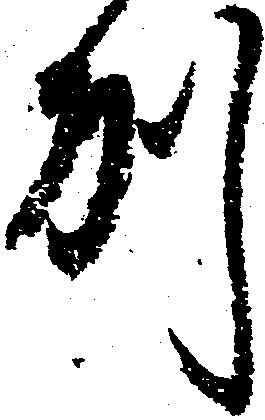
州